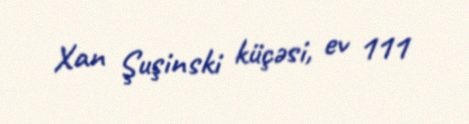
Xan Şuşinski küçəsi, ev 111